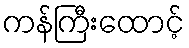
ကန်ကြီးထောင့်